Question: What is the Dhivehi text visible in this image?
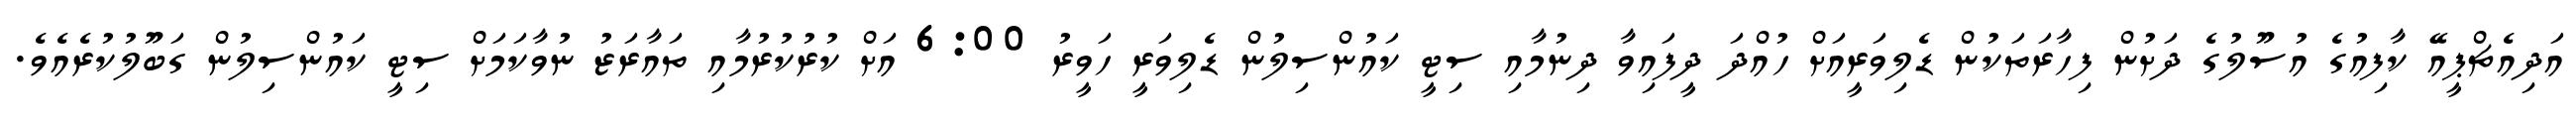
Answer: އަދިއެޗްޕީއޭ ކާފިއުގެ އުސޫލުގެ ދަށުން ފިހާރަތަކުން ޑެލިވަރީއަށް ހުއްދަ ދީފައިވާ ދިނުމާއި ސިޓީ ކައުންސިލުން ޑެލިވަރީ ހަވީރު 6:00 އަށް ކުރުކުރުމާއި ތައާރަޒު ނުވާކަމަށް ސިޓީ ކައުންސިލުން ގަބޫލުކުރެއެވެ.